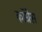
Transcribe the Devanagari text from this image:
काॅग्रेेस